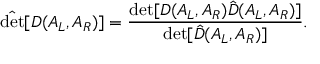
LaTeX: \hat { \operatorname * { d e t } } [ D ( A _ { L } , A _ { R } ) ] = { \frac { \operatorname * { d e t } [ D ( A _ { L } , A _ { R } ) \hat { D } ( A _ { L } , A _ { R } ) ] } { \operatorname * { d e t } [ \hat { D } ( A _ { L } , A _ { R } ) ] } } .